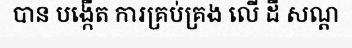
បាន បង្កើត ការគ្រប់គ្រង លើ ដី សណ្ត